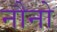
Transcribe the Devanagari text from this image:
नौनो